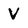
Character: V